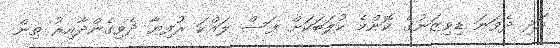
އަދި ދެވަނަ ޑިވިޒަނުގެ ކޮންމެ ކުލަބަކަށް ފަސް ލައްކަ ރުފިޔާ ދެވިގެންދާއިރު ތިން